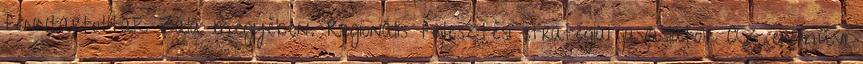
fenntartottak Zala megyében. Regionális fejlesztési stratégiai javaslatok Az erőművi